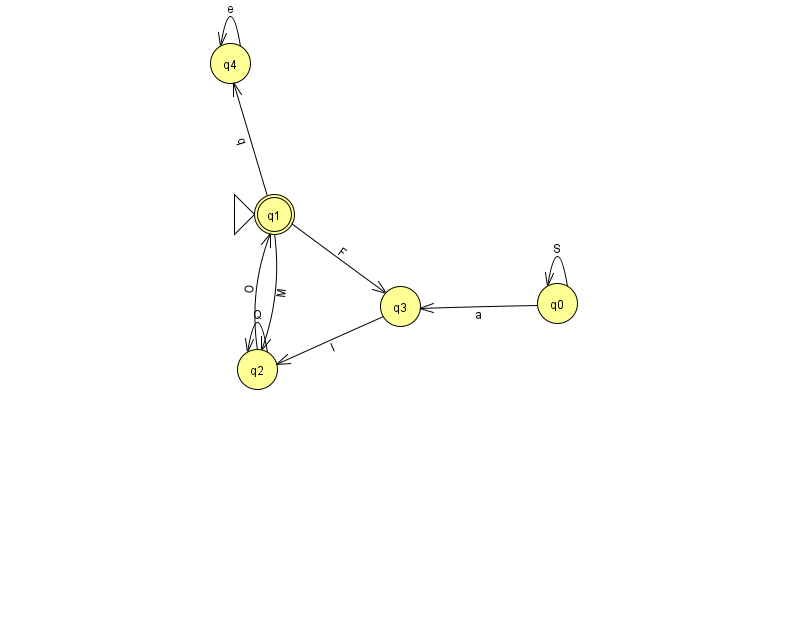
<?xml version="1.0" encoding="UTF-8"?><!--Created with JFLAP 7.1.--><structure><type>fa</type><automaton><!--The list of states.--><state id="0" name="q0"><x>557.0</x><y>290.0</y></state><state id="1" name="q1"><x>274.0</x><y>201.0</y><initial/><final/></state><state id="2" name="q2"><x>257.0</x><y>356.0</y></state><state id="3" name="q3"><x>400.0</x><y>293.0</y></state><state id="4" name="q4"><x>230.0</x><y>50.0</y></state><!--The list of transitions.--><transition><from>1</from><to>2</to><read>M</read></transition><transition><from>2</from><to>2</to><read>Q</read></transition><transition><from>0</from><to>3</to><read>a</read></transition><transition><from>2</from><to>1</to><read>O</read></transition><transition><from>0</from><to>0</to><read>S</read></transition><transition><from>1</from><to>4</to><read>q</read></transition><transition><from>4</from><to>4</to><read>e</read></transition><transition><from>1</from><to>3</to><read>F</read></transition><transition><from>3</from><to>2</to><read>l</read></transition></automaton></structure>